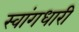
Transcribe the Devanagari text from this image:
स्वांगधारी